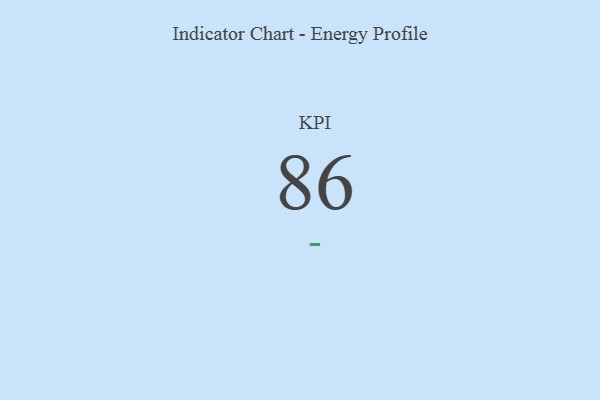
{"axis": {"x": "KPI", "y": "Value"}, "legend": [""], "data": [{"x": "KPI", "y": 86, "type": ""}]}